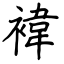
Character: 禕